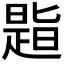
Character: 𪰾